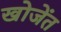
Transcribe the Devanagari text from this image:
खोजेंत